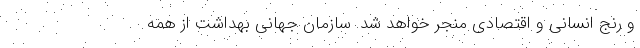
و رنج انسانی و اقتصادی منجر خواهد شد. سازمان جهانی بهداشت از همه